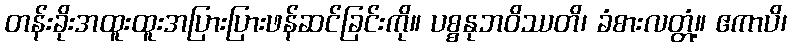
တန်းခိုးအထူးထူးအပြားပြားဖန်ဆင်ခြင်းကို။ ပစ္စနုဘဝိဿတိ၊ ခံစားလတ္တံ့။ ဧကာပိ၊